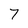
Character: 7